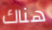
هناك